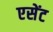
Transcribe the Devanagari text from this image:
एसेंट